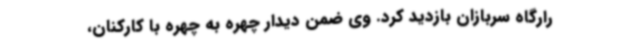
رارگاه سربازان بازدید کرد. وی ضمن دیدار چهره به چهره با کارکنان،